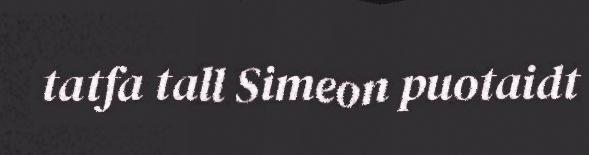
tatfa tall Simeon puotaidt